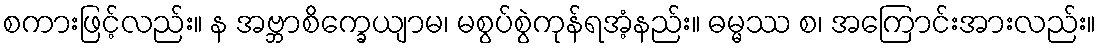
စကားဖြင့်လည်း။ န အဗ္ဘာစိက္ခေယျာမ၊ မစွပ်စွဲကုန်ရအံ့နည်း။ ဓမ္မဿ စ၊ အကြောင်းအားလည်း။